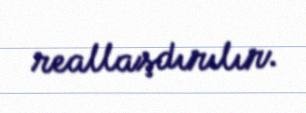
reallaşdırılır.